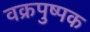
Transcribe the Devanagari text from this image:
वक्रपुष्पक